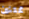
ممتنين